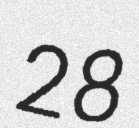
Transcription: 28